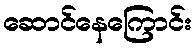
ဆောင်နေကြောင်း